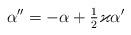
LaTeX: \begin{align*}\alpha ^{\prime \prime }=-\alpha +\tfrac{1}{2}\varkappa \alpha ^{\prime }\end{align*}